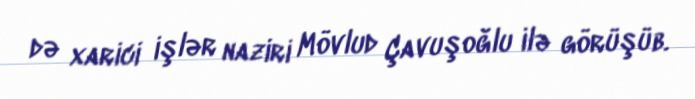
də xarici işlər naziri Mövlud Çavuşoğlu ilə görüşüb.